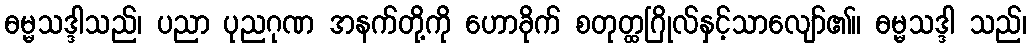
ဓမ္မသဒ္ဒါသည်၊ ပညာ ပုညဂုဏ အနက်တို့ကို ဟောခိုက် စတုတ္ထဂြိုလ်နှင့်သာလျော်၏။ ဓမ္မသဒ္ဒါ သည်၊